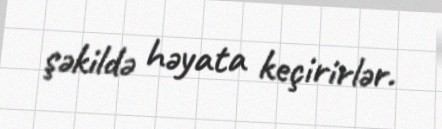
şəkildə həyata keçirirlər.